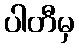
ပါတီမှ